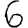
Digit: 6